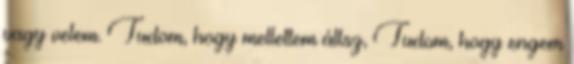
vagy velem. Tudom, hogy mellettem állsz, Tudom, hogy engem